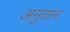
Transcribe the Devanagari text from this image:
अनुतान